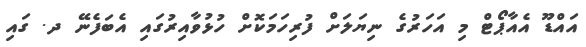
އައްޑޫ އެއާޕޯޓް މި އަހަރުގެ ނިޔަލަށް ފުރިހަމަކޮށް ހުޅުވާއިރުގައި އެބަފެނޭ ދ. ގައި